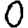
Digit: 0